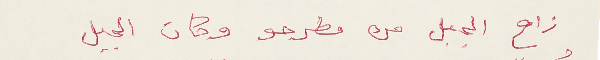
زاح الجبل من مطرحو وكان الجبل